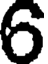
6